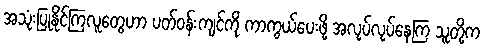
အသုံးပြုနိုင်ကြလူတွေဟာ ပတ်ဝန်းကျင်ကို ကာကွယ်ပေးဖို့ အလုပ်လုပ်နေကြ သူတို့က